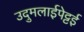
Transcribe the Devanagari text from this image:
उदुमलाईपेट्टई